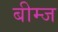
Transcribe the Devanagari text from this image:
बीम्ज